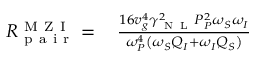
\begin{array} { r l } { R _ { \mathrm { ~ p ~ a ~ i ~ r ~ } } ^ { \mathrm { ~ M ~ Z ~ I ~ } } = \, } & { { } \frac { 1 6 v _ { g } ^ { 4 } \gamma _ { \mathrm { ~ N ~ L ~ } } ^ { 2 } P _ { P } ^ { 2 } \omega _ { S } \omega _ { I } } { \omega _ { P } ^ { 4 } \left( \omega _ { S } Q _ { I } + \omega _ { I } Q _ { S } \right) } } \end{array}